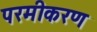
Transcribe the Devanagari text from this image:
परमीकरण